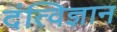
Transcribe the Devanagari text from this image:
दंत्विज्ञान